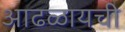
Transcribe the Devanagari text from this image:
आढळायची